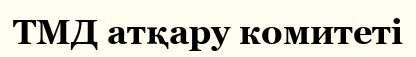
ТМД атқару комитеті